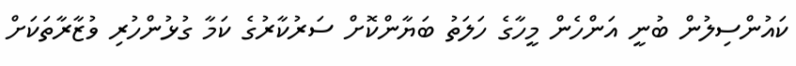
ކައުންސިލުން ބުނީ އަންހެން މީހާގެ ހަލަތު ބަޔާންކޮށް ސަރުކާރުގެ ކަމާ ގުޅުންހުރި ވުޒާރާތަކަށް